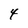
Character: 4